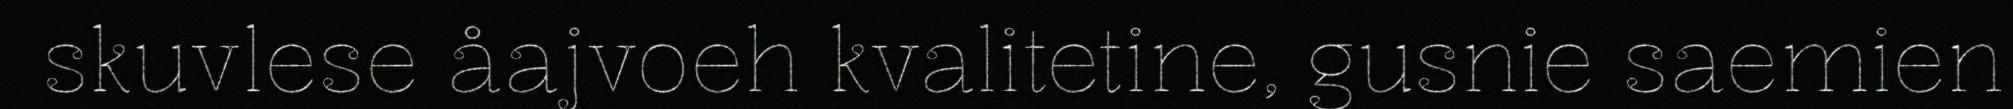
skuvlese åajvoeh kvalitetine, gusnie saemien